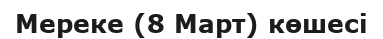
Мереке (8 Март) көшесі